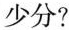
少分?